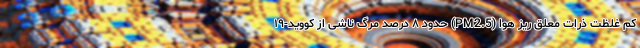
کم غلظت ذرات معلق ریز هوا (PM2.5) حدود ۸ درصد مرگ ناشی از کووید-۱۹